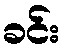
ခင်း